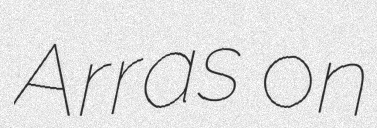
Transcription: Arras on